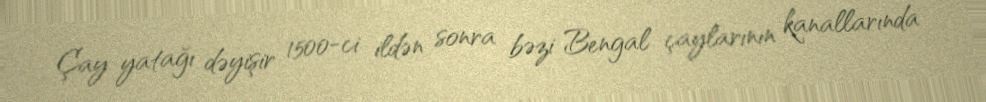
Çay yatağı dəyişir 1500-ci ildən sonra bəzi Bengal çaylarının kanallarında